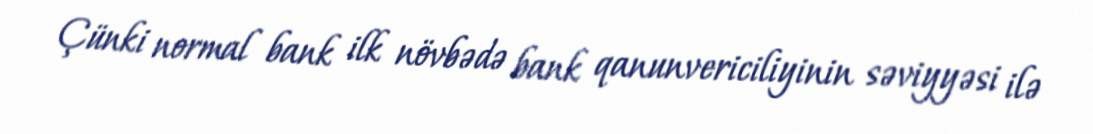
Çünki normal bank ilk növbədə bank qanunvericiliyinin səviyyəsi ilə